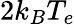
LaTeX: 2k_{B}T_{e}